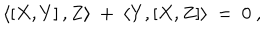
LaTeX: \langle \left[ X , Y \right] , Z \rangle \ + \ \langle Y , \left[ X , Z \right] \rangle \ = \ 0 \ ,